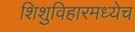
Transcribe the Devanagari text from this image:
शिशुविहारमध्येच